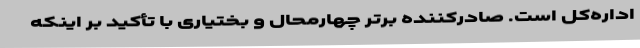
اداره‌کل است. صادرکننده برتر چهارمحال و بختیاری با تأکید بر اینکه